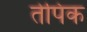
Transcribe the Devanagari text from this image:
तेपिक